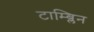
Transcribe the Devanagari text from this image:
टाम्ब्लिन